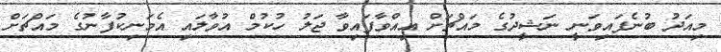
މިއަދު ބުނެފައިވަނީ ނަޝީދުގެ މައްޗަށް އިއްވާފައިވާ ޖަލު ހުކުމް އުވާލައި އެމަނިކުފާނުގެ މައްޗަށް